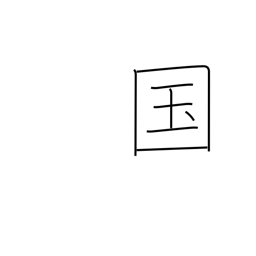
Meaning: country